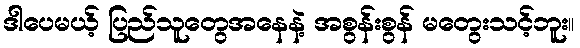
ဒါပေမယ့် ပြည်သူတွေအနေနဲ့ အစွန်းစွန် မတွေးသင့်ဘူး။